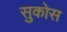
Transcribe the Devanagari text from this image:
सुकोस